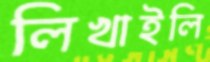
লিখাইলি